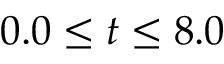
0 . 0 \leq t \leq 8 . 0